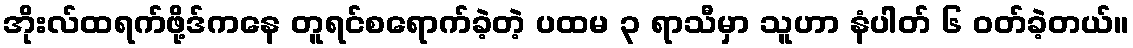
အိုးလ်ထရက်ဖို့ဒ်ကနေ တူရင်စရောက်ခဲ့တဲ့ ပထမ ၃ ရာသီမှာ သူဟာ နံပါတ် ၆ ဝတ်ခဲ့တယ်။